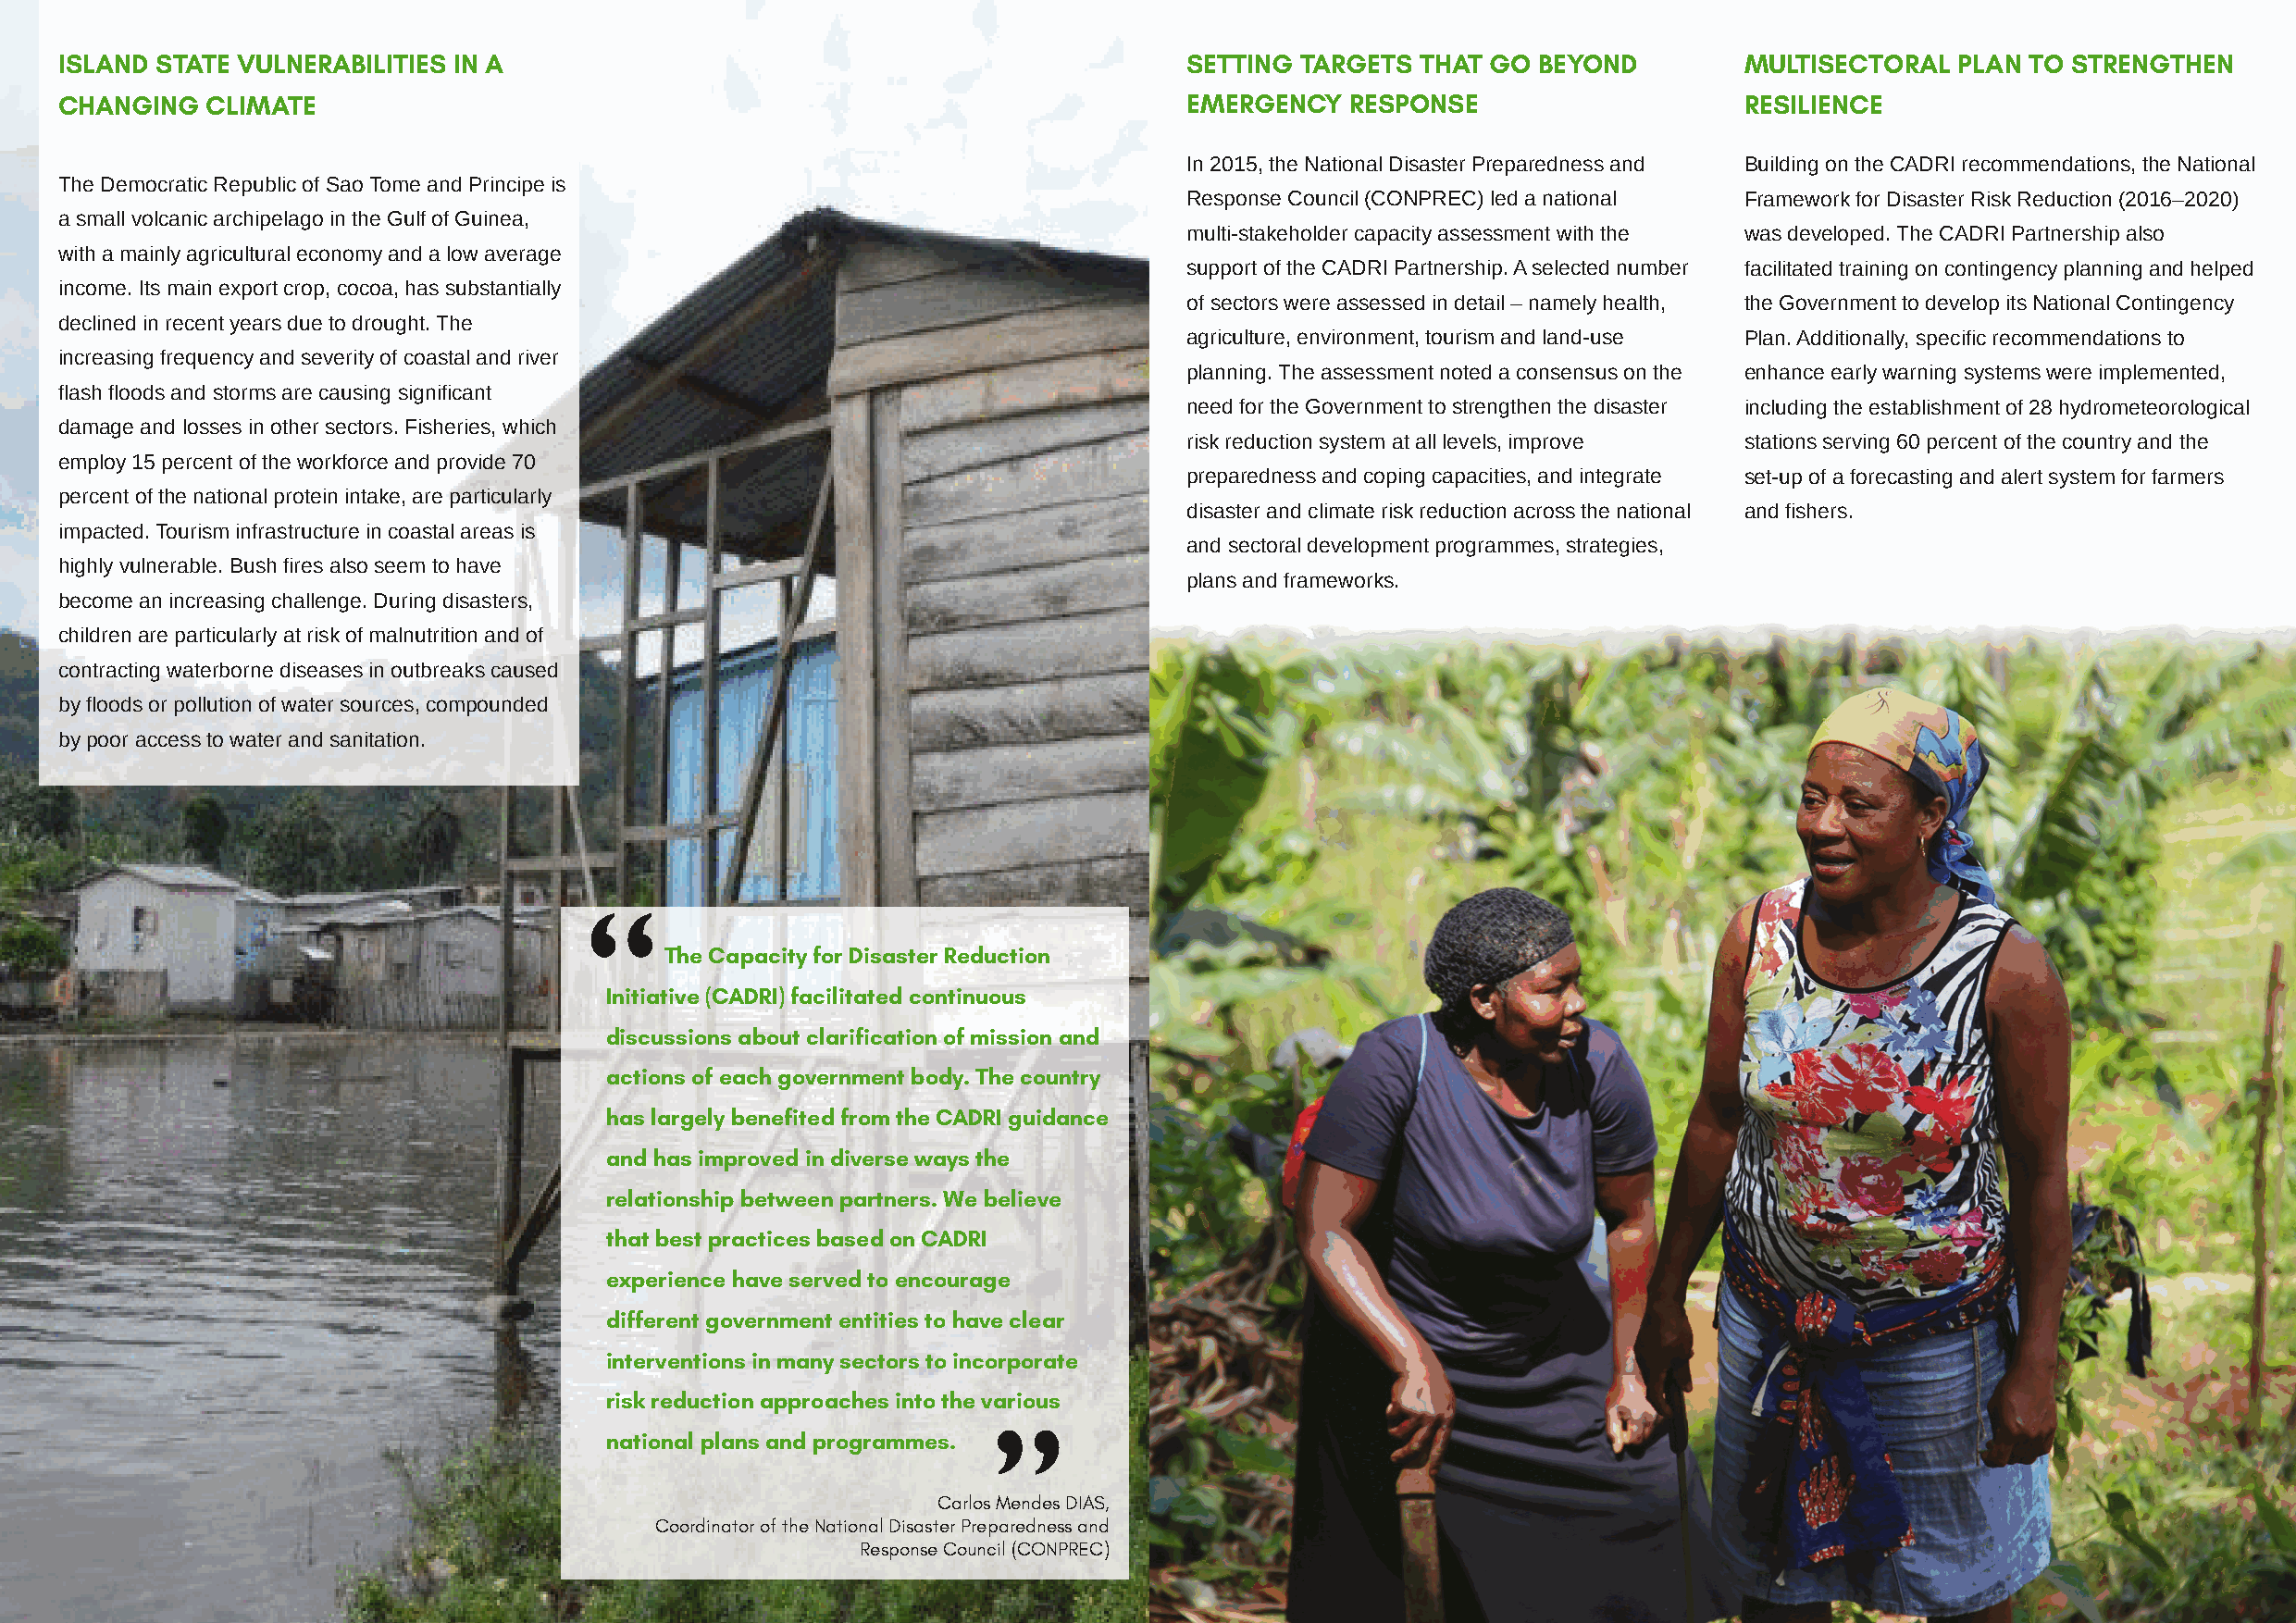
ISLAND STATE VULNERABILITIES IN A                                                SETTING TARGETS  THAT GO BEYOND         MULTISECTORAL  PLAN TO STRENGTHEN
 CHANGING   CLIMATE                                                               EMERGENCY  RESPONSE                     RESILIENCE
 In 2015, the National Disaster Preparedness and Building on the CADRI recommendations, the National
 The Democratic Republic of Sao Tome and Principe is
 Response Council (CONPREC) led a national Framework for Disaster Risk Reduction (2016–2020)
 a small volcanic archipelago in the Gulf of Guinea,
 multi-stakeholder capacity assessment with the was developed. The CADRI Partnership also
 with a mainly agricultural economy and a low average
 support of the CADRI Partnership. A selected number facilitated training on contingency planning and helped
 income. Its main export crop, cocoa, has substantially
 of sectors were assessed in detail – namely health, the Government to develop its National Contingency
 declined in recent years due to drought. The
 agriculture, environment, tourism and land-use Plan. Additionally, specific recommendations to
 increasing frequency and severity of coastal and river
 planning. The assessment noted a consensus on the enhance early warning systems were implemented,
 flash floods and storms are causing significant
 need for the Government to strengthen the disaster including the establishment of 28 hydrometeorological
 damage and losses in other sectors. Fisheries, which
 risk reduction system at all levels, improve stations serving 60 percent of the country and the
 employ 15 percent of the workforce and provide 70
 preparedness and coping capacities, and integrate set-up of a forecasting and alert system for farmers
 percent of the national protein intake, are particularly
 disaster and climate risk reduction across the national and fishers.
 impacted. Tourism infrastructure in coastal areas is
 and sectoral development programmes, strategies,
 highly vulnerable. Bush fires also seem to have
 plans and frameworks.
 become an increasing challenge. During disasters,
 children are particularly at risk of malnutrition and of
 contracting waterborne diseases in outbreaks caused
 by floods or pollution of water sources, compounded
 by poor access to water and sanitation.
 The Capacity for Disaster Reduction
 Initiative (CADRI) facilitated continuous
 discussions about clarification of mission and
 actions of each government body. The country
 has largely benefited from the CADRI guidance
 and has improved in diverse ways the
 relationship between partners. We believe
 that best practices based on CADRI
 experience have served to encourage
 different government entities to have clear
 interventions in many sectors to incorporate
 risk reduction approaches into the various
 national plans and programmes.
 Carlos Mendes DIAS,
 Coordinator of the National Disaster Preparedness and
 Response Council (CONPREC)